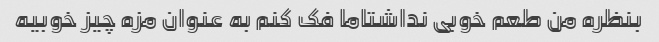
بنظره من طعم خوبی نداشتاما فک کنم به عنوان مزه چیز خوبیه